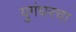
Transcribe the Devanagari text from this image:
युगंधरचा